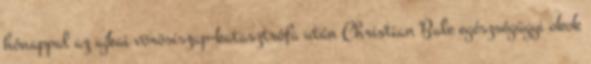
hónappal az ajkai vörösiszap-katasztrófa után Christian Bale egészségügyi okok